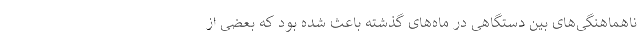
ناهماهنگی‌های بین دستگاهی در ماه‌های گذشته باعث شده بود که بعضی از